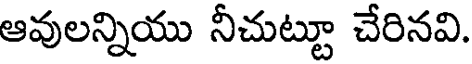
ఆవులన్నియు నీచుట్టూ చేరినవి.